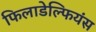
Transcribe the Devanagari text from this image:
फिलाडेल्फियंस